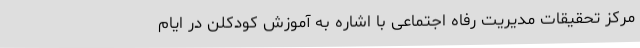
مرکز تحقیقات مدیریت رفاه اجتماعی با اشاره به آموزش کودکلن در ایام